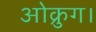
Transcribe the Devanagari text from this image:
ओक्रुग।